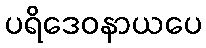
ပရိဒေဝနာယပေ